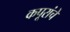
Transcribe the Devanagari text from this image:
कपूरांचे